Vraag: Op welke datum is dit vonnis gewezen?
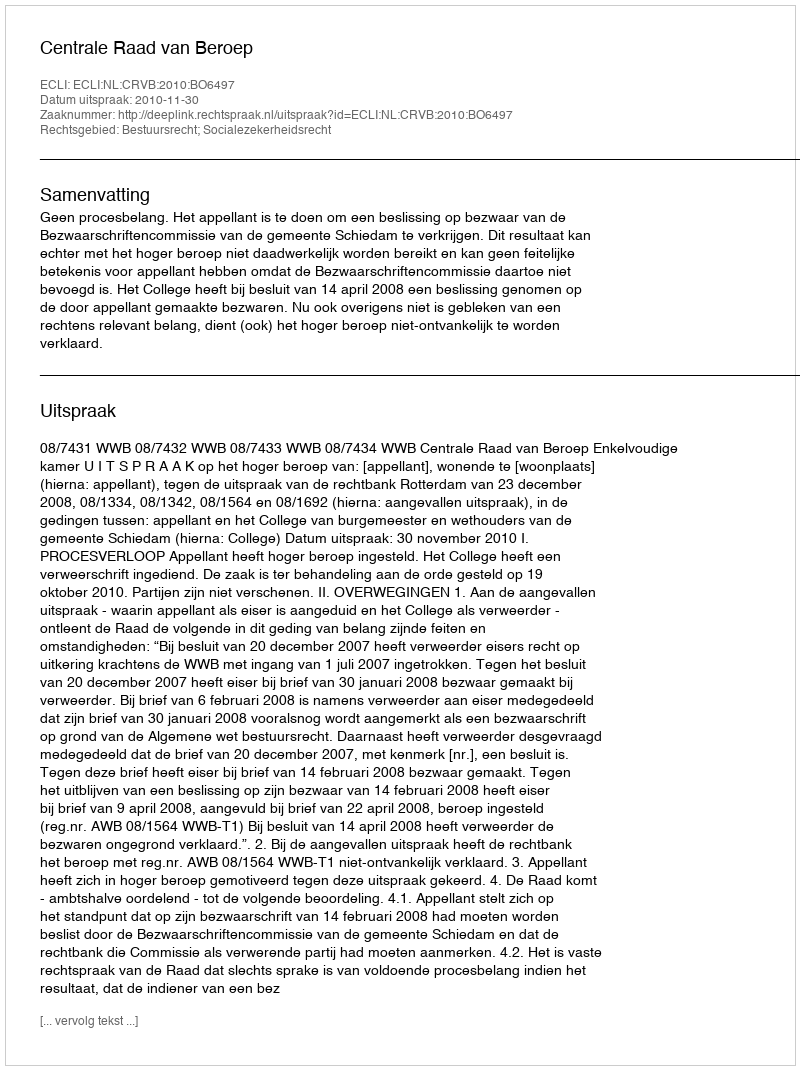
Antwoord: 2010-11-30